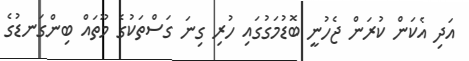
އަދި އެކަން ކުރަން ޖެހުނީ ބޮޑުމަގުގައި ހުރި ގިނަ ގަސްތަކުގެ މޫތައް ބިންގަނޑުގެ